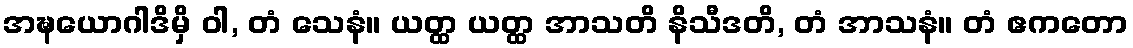
အဍ္ဎယောဂါဒိမှိ ဝါ, တံ သေနံ။ ယတ္ထ ယတ္ထ အာသတိ နိသီဒတိ, တံ အာသနံ။ တံ ဧကတော